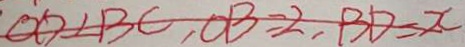
O D \angle B C , O B = 2 B D = x